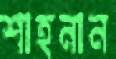
শাহনান